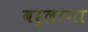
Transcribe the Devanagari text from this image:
बर्लांगा